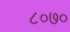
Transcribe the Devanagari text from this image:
८०७०